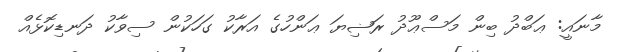
މާނައީ: ޢަބްދު ބިން މަސްޢޫދު ރަޟިޔަ ޢަންހުގެ އަރާކު ގަހަކުން ސިވާކު ދަނޑިކޮޅެއް